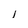
Character: l